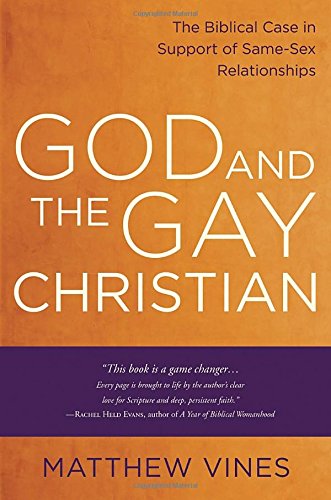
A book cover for God and the Gay Christian: The Biblical Case in Support of Same-Sex Relationships; Matthew Vines; Christian Books & Bibles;